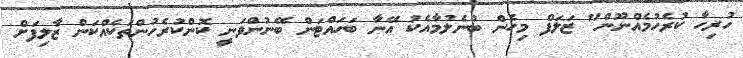
ހުރިހާ ކުރެހުމެއްނޫން" ޒަލަފް މިހެން ބުނެލުމާއެކު އޭނާ ބަހައްޓަން ބޭނުންވަނީ ކޮންކުރެހުންތަކެއްކަން ޒާލިފަށް